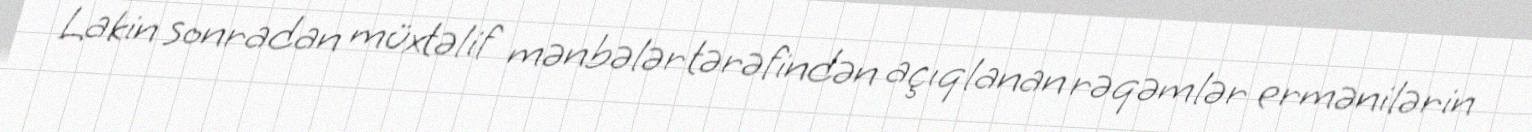
Lakin sonradan müxtəlif mənbələr tərəfindən açıqlanan rəqəmlər ermənilərin